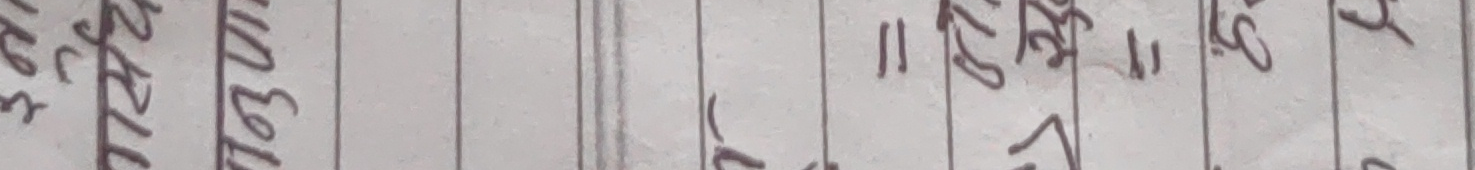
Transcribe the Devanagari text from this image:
नमस्ते || २२३ ११०५ १६२